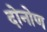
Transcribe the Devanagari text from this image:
दोनोण